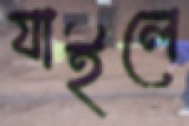
যাইলে